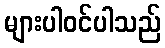
များပါဝင်ပါသည်